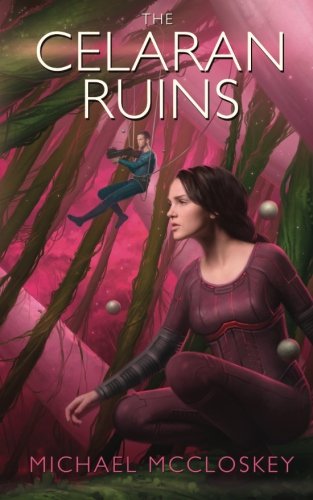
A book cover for The Celaran Ruins (Parker Interstellar Travels) (Volume 6); Michael McCloskey; Science Fiction & Fantasy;